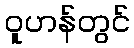
ဝူဟန်တွင်